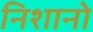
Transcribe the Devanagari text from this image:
निशानो